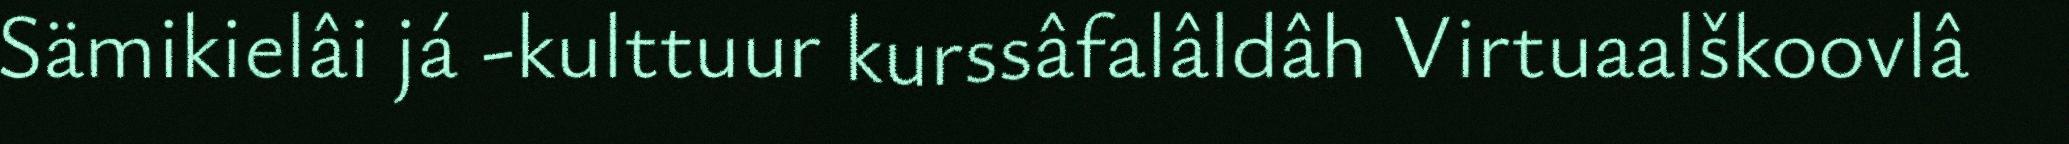
Sämikielâi já -kulttuur kurssâfalâldâh Virtuaalškoovlâ